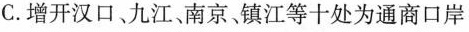
C.增开汉口、九江、南京镇江等十处为通商口岸